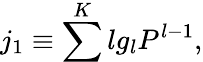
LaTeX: j_{1}\equiv\sum^{K}lg_{l}P^{l-1},